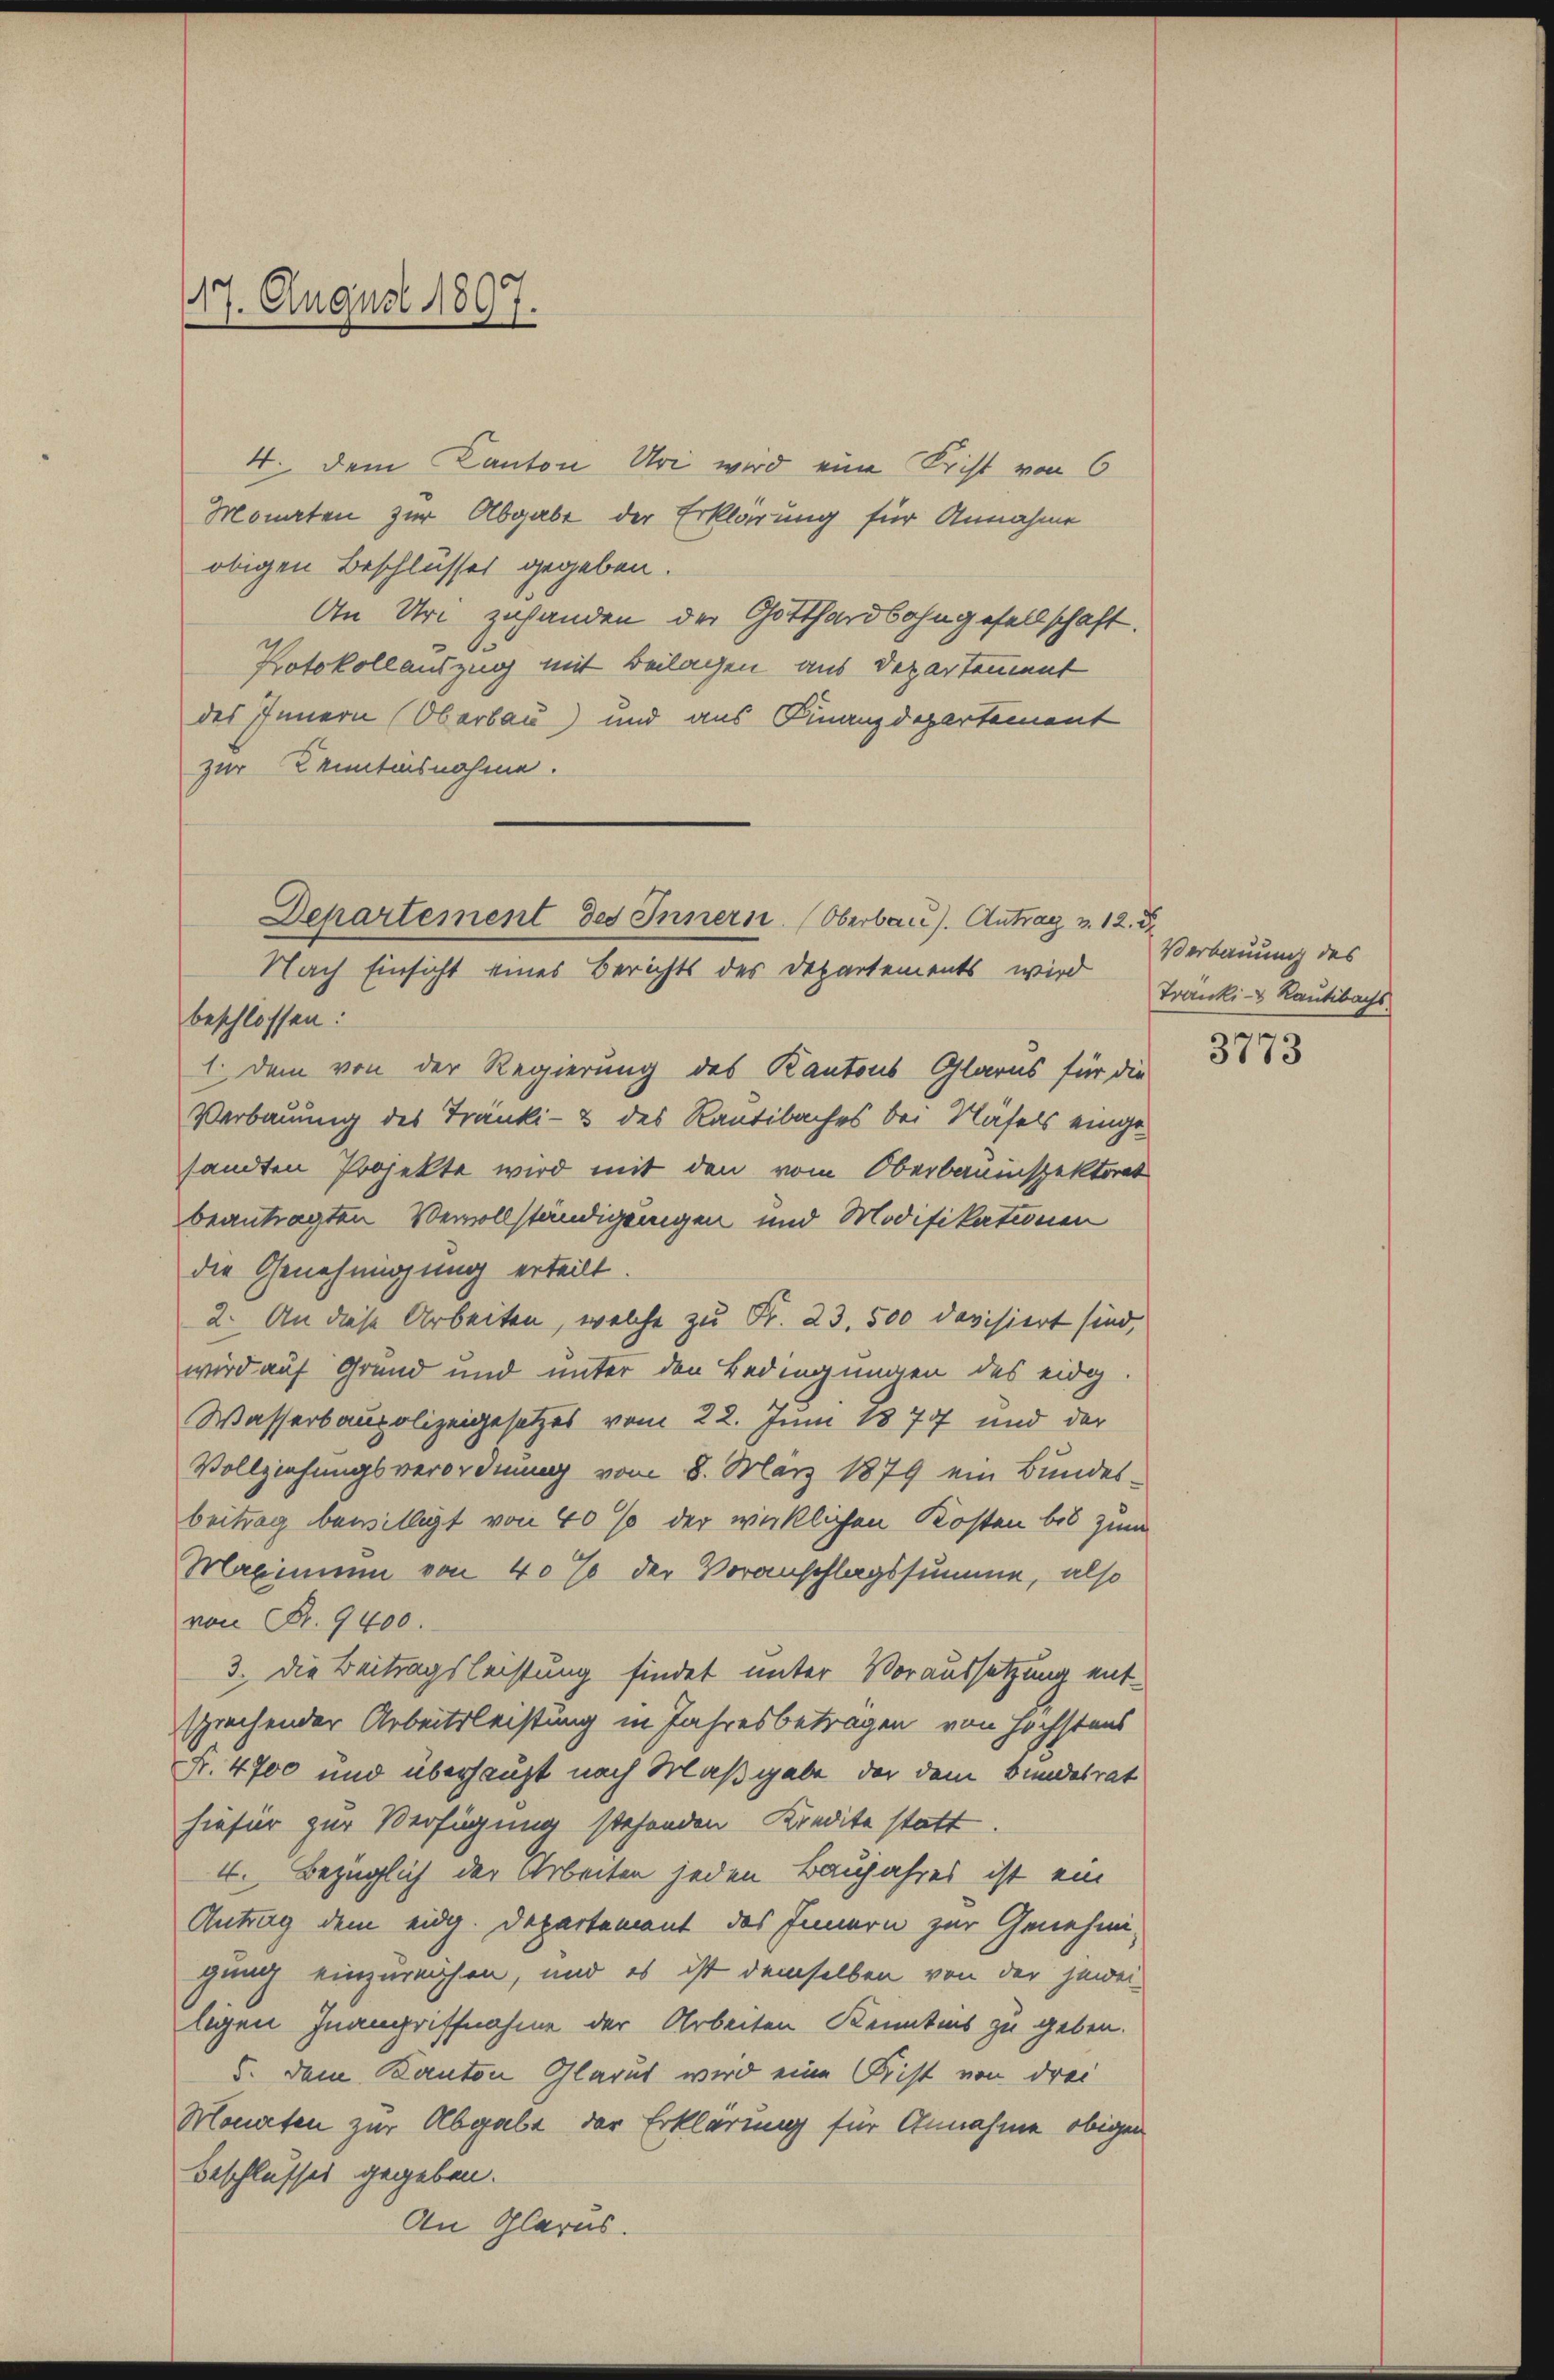
d Genaust 1800
7.

4. dem Canton Uri wird eine Frist von 6
Monaten zur Abgabe der Erklärung für Annahme
obigen Beschlüsses gegeben.
An Uri zuhanden der Gotthardbahngesellschaft.
Protokollauszug mit Beilagen aus Departement
des Innern (Oberbau) und aus Finanzdepartement
zur Kenntnisnahme.

Departement des Innern (Oberbaus. Antrag v. 12. d.
Nach Einsicht eines Berichts des Departements wird
beschlossen:

1. Dem von der Regierung des Kantons Glarus für die
Verbauung des Tränki- & des Rantibaches bei Näfels eingesandten Projekte wird mit den vom Oberbauinspektorat
beantragten Vervollständigungen und Modifikationen
die Genehmigung erteilt.
2. An diese Arbeiten, welche zu Fr. 23. 500 devisiert sind,
wird auf Grund und unter den Bedingungen des eidg
Wasserbaupolizeigesetzes vom 22. Juni 1877 und der
Vollziehungsverordnung vom 8. März 1879 ein Bundes-
beitrag bewilligt von 40% der wirklichen Kosten bis zum
Maximum von 40% der Voranschlagssumme, also
von Fr. 9400.
3. Die Beitragsleistung findet unter Voraussetzung entsprechender Arbeitsleistung in Jahresbetragen von höchstens
Fr. 4700 und überhaupt nach Maßgabe, der dem Bundesrat
hiefür zur Verfügung stehenden Kredite statt.
4. Bezüglich der Arbeiten jeden Banjahres ist ein
Antrag dem eidg. Departement des Innern zur Genehmi-
gung einzureichen, und es ist demselben von der jewei-
ligen Inangriffnahme der Arbeiten Kenntnis zu geben.
5. dem Kanton Glarus wird eine Frist von drei
Monaten zur Abgabe der Erklärung für Annahme obigen
Beschlusses gegeben.
An Glarus.

Verbauung des
Tranki- Kautibachs

3773